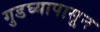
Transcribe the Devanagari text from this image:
गुडघ्यापासून